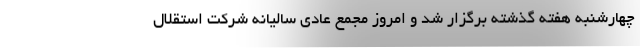
چهارشنبه هفته گذشته برگزار شد و امروز مجمع عادی سالیانه شرکت استقلال